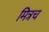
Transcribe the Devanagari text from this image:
मित्रच